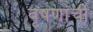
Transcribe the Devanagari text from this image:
वृषणांची